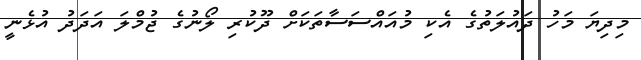
މިދިޔަ މަހު ދައުލަތުގެ އެކި މުއައްސަސާތަކަށް ދޫކުރި ލޯނުގެ ޖުމްލަ އަދަދު އުޅެނީ